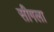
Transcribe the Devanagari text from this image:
सीगला